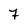
Character: 7